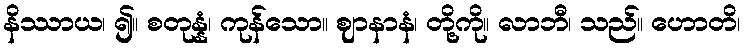
နိဿာယ၊ ၍။ စတုန္နံ၊ ကုန်သော။ ဈာနာနံ၊ တို့ကို။ လာဘီ၊ သည်။ ဟောတိ၊